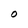
Character: O